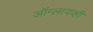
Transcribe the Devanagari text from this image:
ऑग्लायव्ही